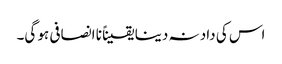
اس کی داد نہ دینا یقیناً نا انصافی ہو گی۔